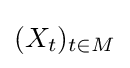
(X_{t})_{t\in M}